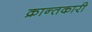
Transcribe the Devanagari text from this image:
क्रान्तकारी